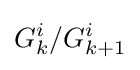
G_{k}^{i}/G_{k+1}^{i}